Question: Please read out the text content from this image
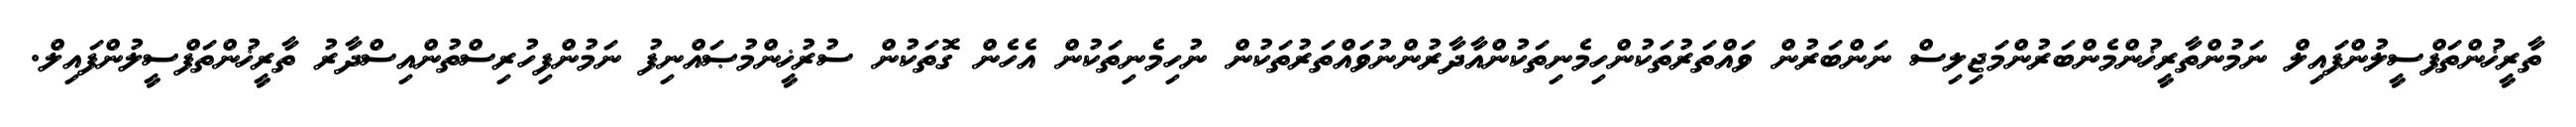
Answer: ތާރީޚުންތަފްސީލުންފައިލް ނަމުންތާރީޚުންމެންބަރުންމަޖިލިސް ނަންބަރުން ވައްތަރުތަކުންހިމެނިތަކުންއާދާރުންނުވައްތަރުތަކުން ނުހިމެނިތަކުން އެހެން ގޮތަކުން ސުރުޚީންމުޞައްނިފު ނަމުންފިހުރިސްތުންއިސްދާރު ތާރީޚުންތަފްސީލުންފައިލް.